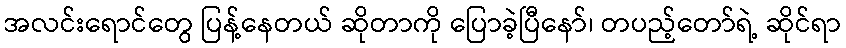
အလင်းရောင်တွေ ပြန့်နေတယ် ဆိုတာကို ပြောခဲ့ပြီနော်၊ တပည့်တော်ရဲ့ ဆိုင်ရာ